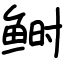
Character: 鲥